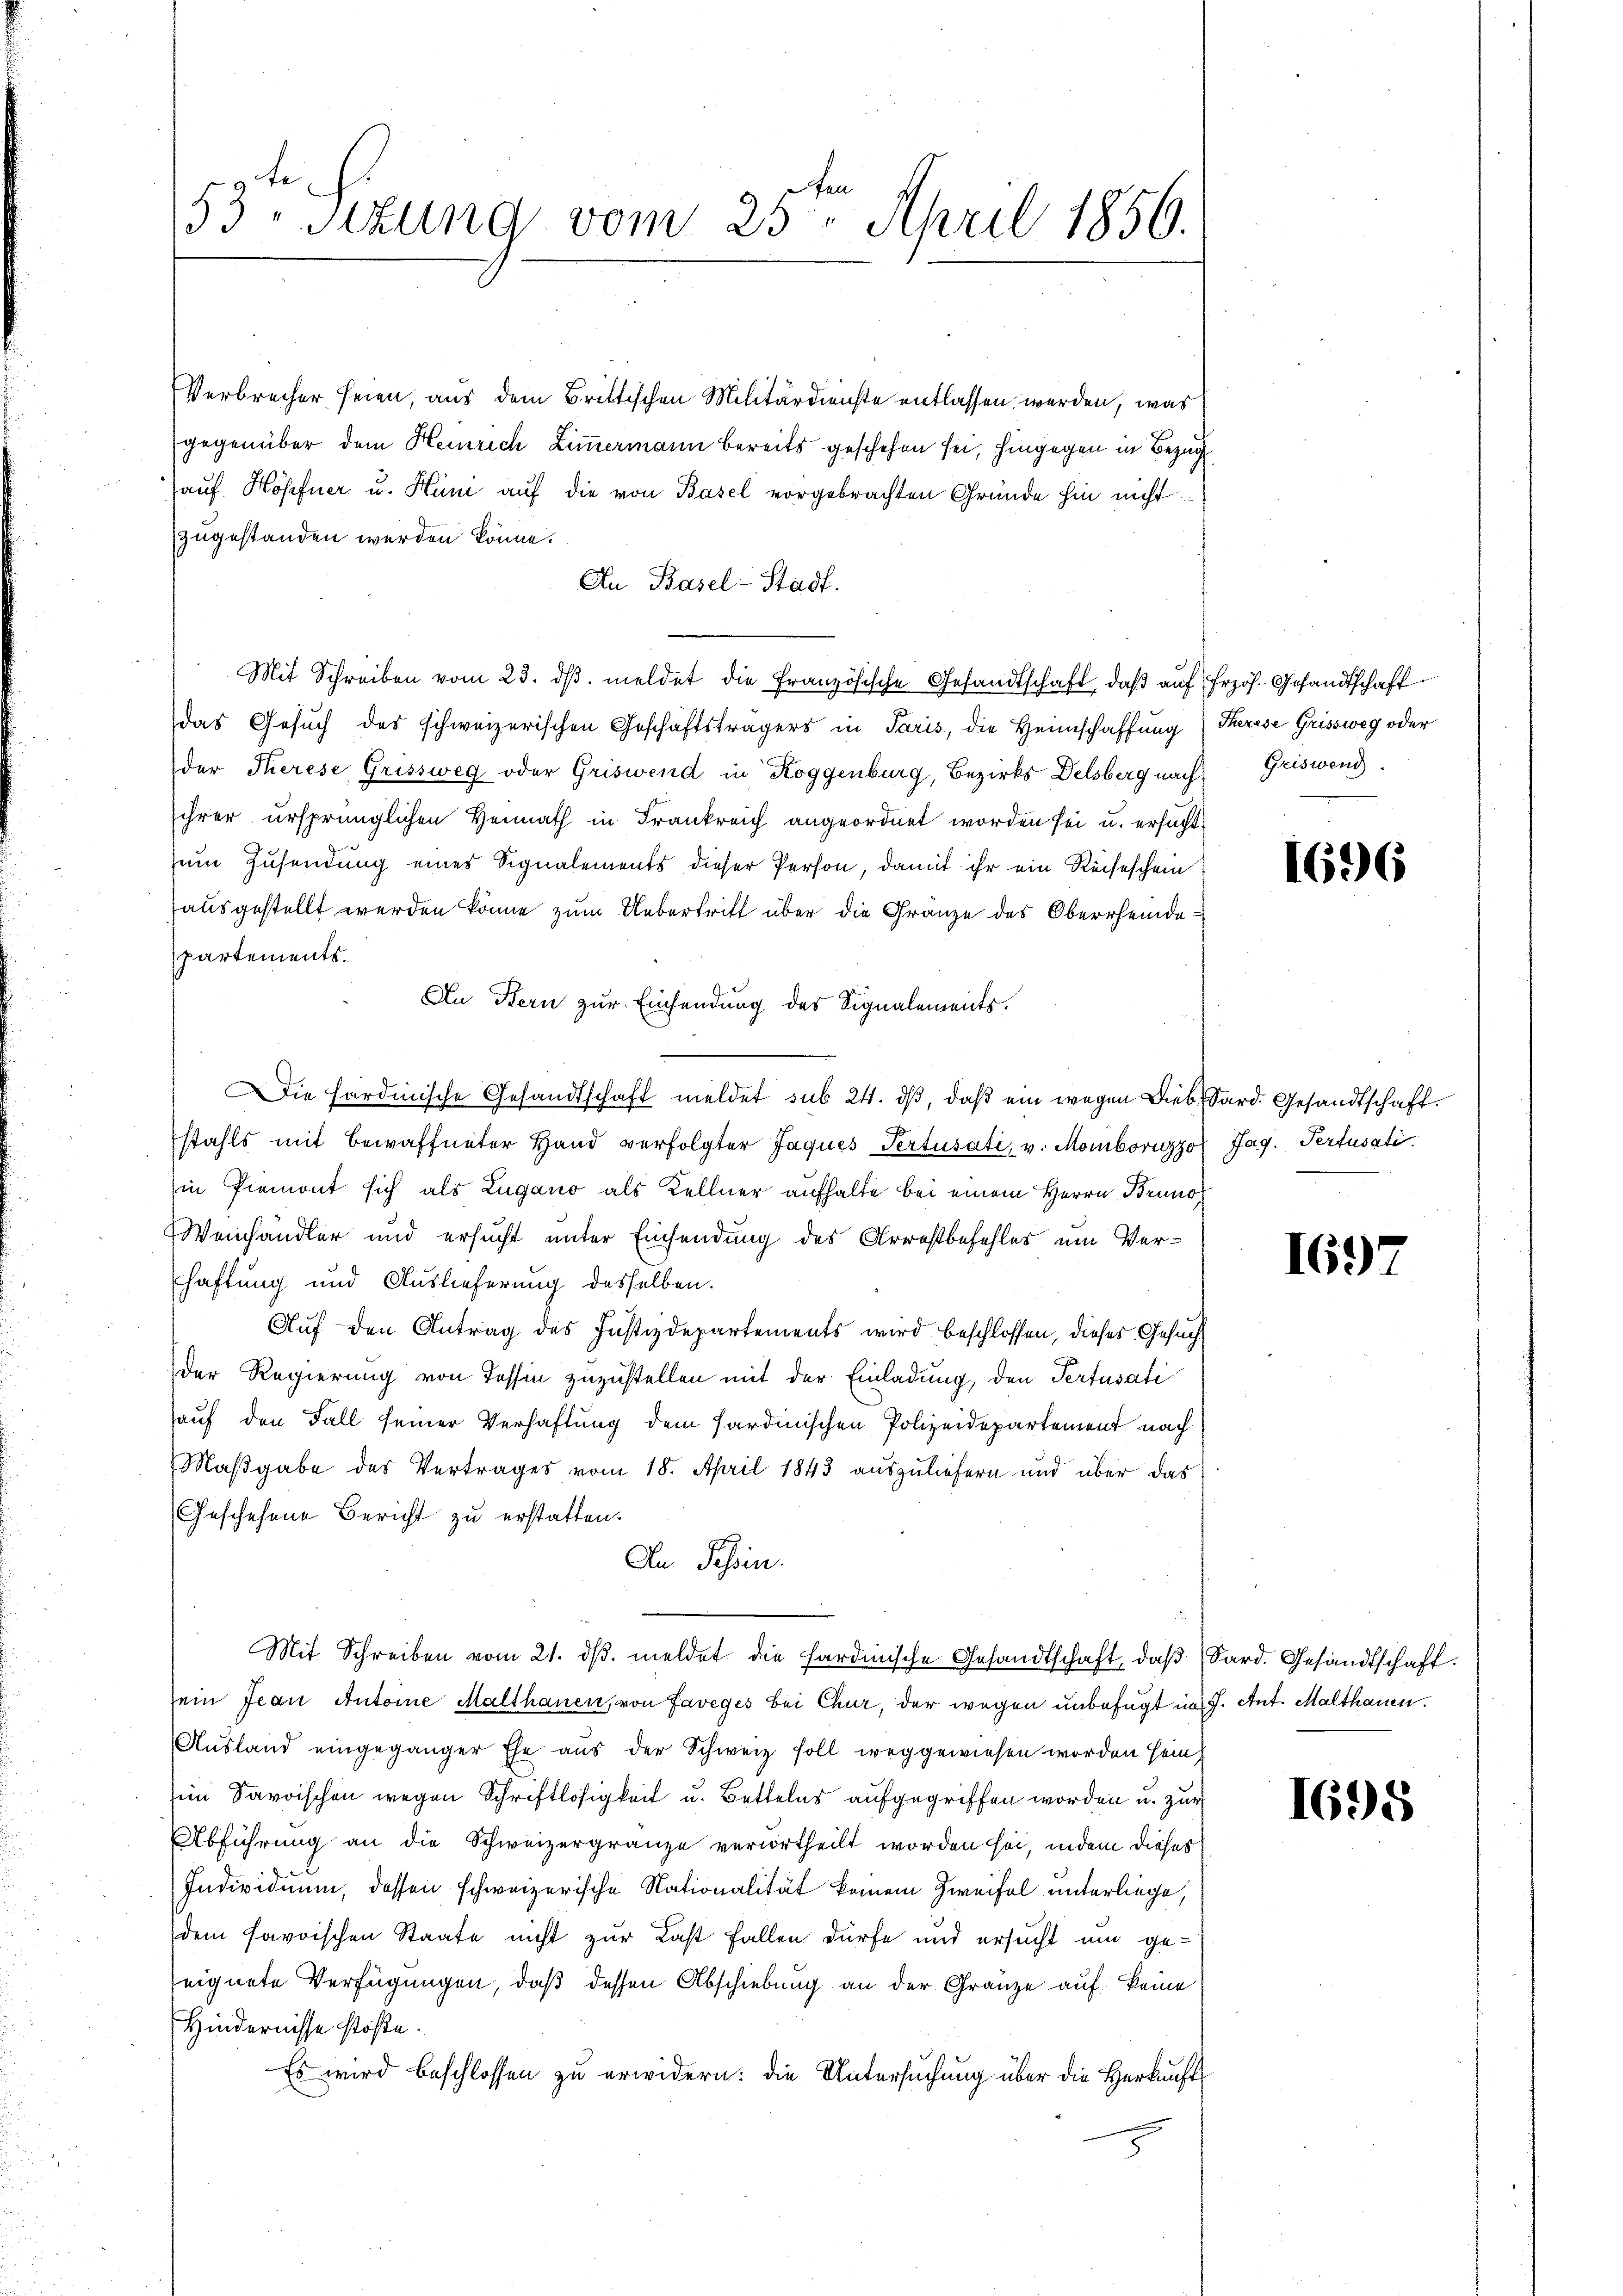
Verbrecher seien, aus dem Brittischen Militärdienste entlassen werden, was
gegenüber dem Heinrich Zimmermann bereits geschehen sei, hingegen in Bezug
auf Höpfner u. Hüni auf die von Basel vorgebrachten Gründe hin nicht
zugestanden werden könne.
An Basel-Stadt.
Mit Schreiben vom 23. dβ meldet die Französische Gesandtschaft, daß auf frzös. Gesandtschaft
das Gesuch des schweizerischen Geschäftsträgers in Paris, die Heimschaffung Serese Grissweg oder
der Therese Grissweg oder Griswend in Roggenburg, Bezirks Delsberg nach Griswend
ihrer ursprünglichen Heimath in Frankreich angeordnet worden sei u. ersucht
zum Zusendung eines Signalements dieser Person, damit ihr ein Reiseschein
ausgestellt werden könne zum Uebertritt über die Gränze des Oberrheidepartements.
An Bern zur Einsendung des Signalements.
Die hardinische Gesandtschaft meldet sub 24. dβ, daß ein wegen Dieb Sard. Gesandtschaft.
stahls mit bewaffneter Hand verfolgter Jaques Pertisati, v. Moiborizzo Jag. Pertisati
in Piemont sich als Zugano als Kellner aufhalte bei einem Herrn Bruno
Weinhändler und ersucht unter Einsendung des Arrestbefehles um Verhaftung und Auslieferung desselben.
Auf den Antrag des Justizdepartements wird beschlossen, dieses Gesuch
der Regierung von Tessin zuzustellen mit der Einladung, den Pertisati
hauf den Fall seiner Verhaftung dem Sardinischen Polizeidepartement nach
Maßgabe des Vertrages vom 18. April 1843 auszuliefern und über das
Geschehene Bericht zu erstatten.
An Schin
Mit Schreiben vom 21. dβ. meldet die sardinische Gesandtschaft, daß Sard. Gesandtschaft.
sein Jean Antoine Malthanen, von Faveges bei Chur, der wegen unbefugt im J. Ant. Malthauen.
Ausland eingeganger Ehe aus der Schweiz soll weggewiesen worden sein,
in Savoischen wegen Schriftlosigkeit u. Bettelns aufgegriffen worden u. zur
Abführung an die Schweizergränze verurtheilt worden sei, indem dieses
Individuum, dessen schweizerische Nationalität keinem Zweifel unterliege,
dem savoischen Staate nicht zur Last fallen dürfe und ersucht um geeignete Verfügungen, daß dessen Abschiebung an der Granze auf keine
Hindernisse stöße.
Es wird beschlossen zu erwidern: die Untersuchung über die Herkunft¬

53 sizung vom 25. April 1856.

1696

1692

1698